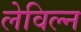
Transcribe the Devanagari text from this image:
लेविल्न